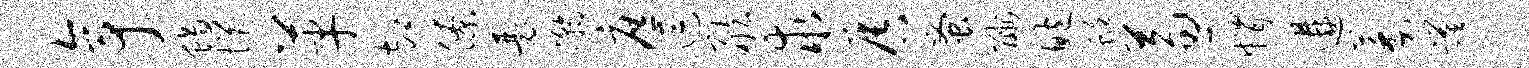
亭蝎悒革却僚瑟瀚庶逗舷求唇蚤酬鲍蜓兼帽遘萎蹉